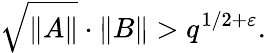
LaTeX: {\sqrt{\| A\| }}\cdot\| B\| >q^{1/2+\varepsilon}.